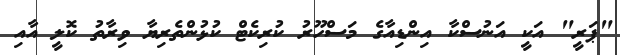
"ޕަރީ" އަކީ އަނުސްކާ އިންޑިއާގެ މަސްހޫރު ކުރިކެޓް ކުޅުންތެރިޔާ ވިރާތު ކޮލީ އާއި